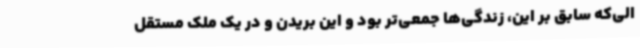
الی‌که سابق بر این، زندگی‌ها جمعی‌تر بود و این بریدن و در یک ملک مستقل